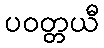
ပဝတ္တယီ